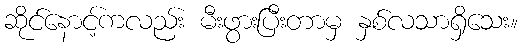
ဆိုင်နောင့်ကလည်း မီးဖွားပြီးတာမှ နှစ်လသာရှိသေး။